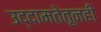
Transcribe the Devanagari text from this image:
उद्दामतेतूनही